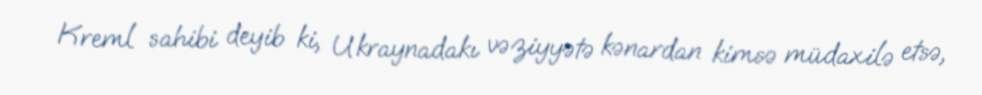
Kreml sahibi deyib ki, Ukraynadakı vəziyyətə kənardan kimsə müdaxilə etsə,